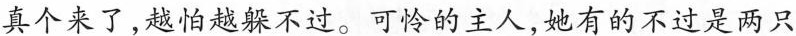
真个来了，越怕越躲不过。可怜的主人，她有的不过是两只